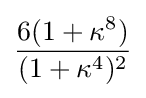
{\frac {6(1+\kappa ^{8})}{(1+\kappa ^{4})^{2}}}